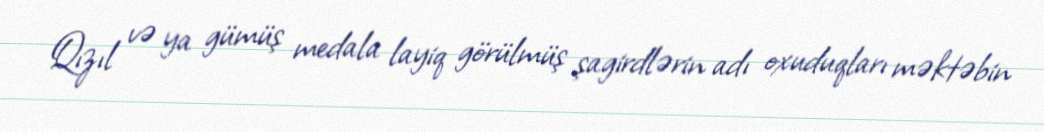
Qızıl və ya gümüş medala layiq görülmüş şagirdlərin adı oxuduqları məktəbin